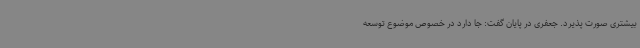
بیشتری صورت پذیرد. جعفری در پایان گفت: جا دارد در خصوص موضوع توسعه